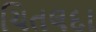
ચિતલદા